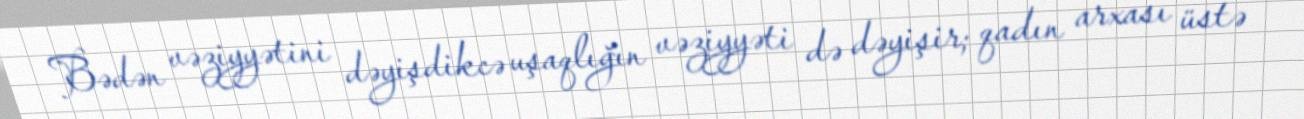
Bədən vəziyyətini dəyişdikcə uşaqlığın vəziyyəti də dəyişir; qadın arxası üstə